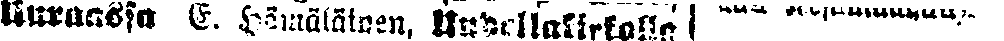
uraassa E. Hämäläinen. Uudellakirkolla